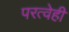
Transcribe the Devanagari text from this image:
परत्वेही